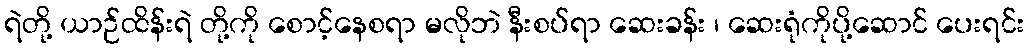
ရဲတို့ ယာဉ်ထိန်းရဲ တို့ကို စောင့်နေစရာ မလိုဘဲ နီးစပ်ရာ ဆေးခန်း ၊ ဆေးရုံကိုပို့ဆောင် ပေးရင်း